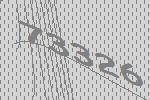
73326